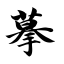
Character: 摹